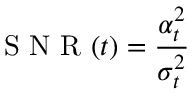
\mathrm { ~ S ~ N ~ R ~ } ( t ) = \frac { \alpha _ { t } ^ { 2 } } { \sigma _ { t } ^ { 2 } }